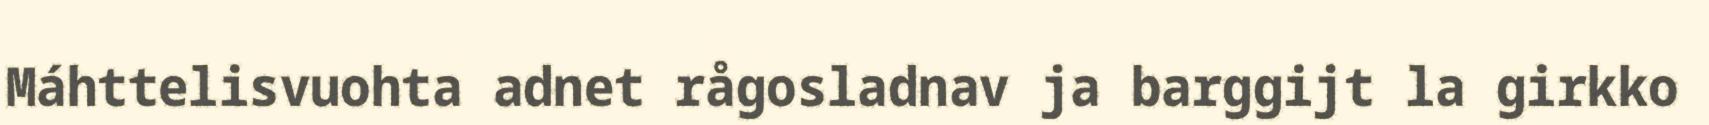
Máhttelisvuohta adnet rågosladnav ja barggijt la girkko